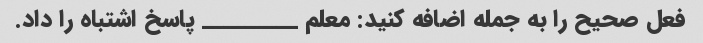
فعل صحیح را به جمله اضافه کنید: معلم _________ پاسخ اشتباه را داد.